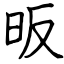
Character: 昄